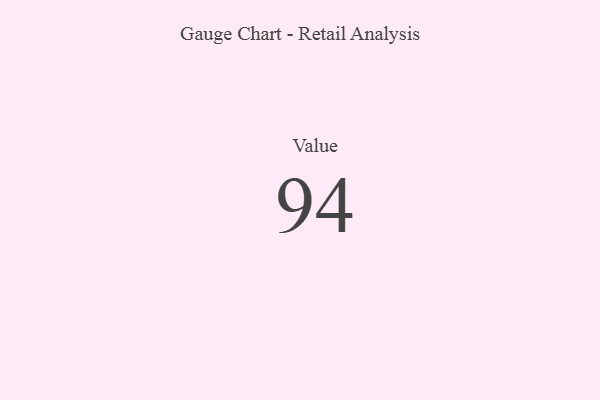
{"axis": {"x": "Metric", "y": "Value"}, "legend": [""], "data": [{"x": "Value", "y": 94, "type": ""}]}